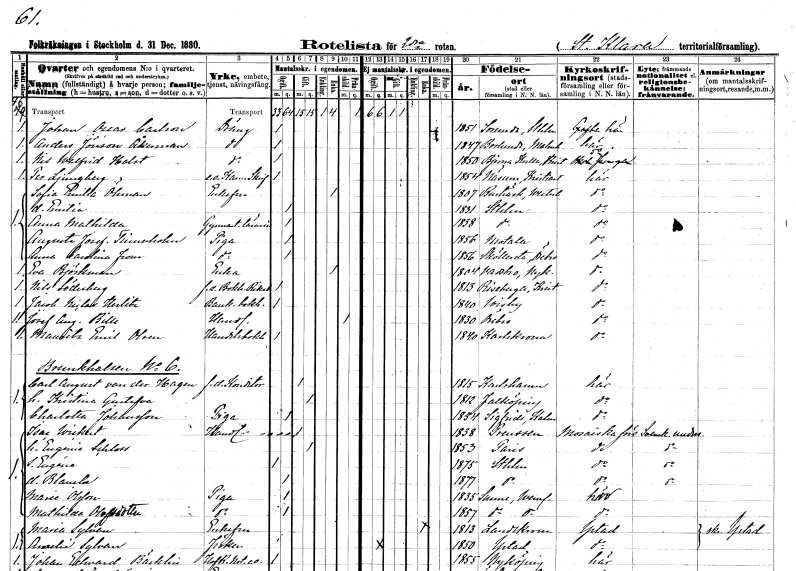
gt_parse: households: individuals: FN: Johan Oscar
EN: Carlsson
YRKE: Dräng
KON: M
CIV: O
FODAR: 1851
FODFORS: Sorunda Stockholms län
FN: Anders
EN: Jönson Åkerman
YRKE: Dräng
KON: M
CIV: O
FODAR: 1847
FODFORS: Borlunda Malmöhus län
FN: Nils Walfrid
EN: Holst
YRKE: Dräng
KON: M
CIV: O
FODAR: 1850
FODFORS: Björnekulla Kristianstads län
FN: Per
EN: Ljungberg
YRKE: Kammarskrivare e.o.
KON: M
CIV: O
FODAR: 1854
FODFORS: Näsum Kristianstads län
FN: Sofia Emilia
EN: Öhman
KON: K
CIV: E
FODAR: 1807
FODFORS: Burträsk Västerbottens län
FN: Emilia
KON: K
CIV: O
FODAR: 1831
FODFORS: Stockholm
FN: Anna Mathilda
YRKE: Gymnastiklärarinna
KON: K
CIV: O
FODAR: 1838
FODFORS: Stockholm
FN: Augusta Josefina
EN: Tinnerholm
YRKE: Piga
KON: K
CIV: O
FODAR: 1856
FODFORS: Motala Östergötlands län
FN: Anna Carolina
EN: From
YRKE: Piga
KON: K
CIV: O
FODAR: 1856
FODFORS: Sköllersta Örebro län
FN: Eva
EN: Björkman
YRKE: Änka
KON: K
CIV: E
FODAR: 1804
FODFORS: Vadsbro Södermanlands län
FN: Nils
EN: Söderberg
YRKE: Riksbankbokhållare f.d.
KON: M
CIV: O
FODAR: 1813
FODFORS: Riseberga Kristianstads län
FN: Jacob Niclas
EN: Herlitz
YRKE: Bankbokhållare
KON: M
CIV: O
FODAR: 1840
FODFORS: Visby Gotlands län
FN: Josef August
EN: Bille
YRKE: Handlande
KON: M
CIV: X
FODAR: 1830
FODFORS: Örebro Örebro län
FN: Mauritz Emil
EN: Olsen
YRKE: Handelsbokhållare
KON: M
CIV: O
FODAR: 1840
FODFORS: Karlskrona Blekinge län
FN: Carl August
EN: van der Hagen
YRKE: Konditor f. d.
KON: M
CIV: G
FODAR: 1815
FODFORS: Karlshamn Blekinge län
FN: Kristina Gustafva
KON: K
CIV: G
FODAR: 1812
FODFORS: Falköping Skaraborgs län
FN: Charlotta
EN: Johansson
YRKE: Piga
KON: K
CIV: O
FODAR: 1854
FODFORS: Sankt Sigfrid Kalmar län
FN: Isac
EN: Wickert
YRKE: Handlande
KON: M
CIV: G
FODAR: 1838
FN: Eugenie
EN: Schloss
KON: K
CIV: G
FODAR: 1853
FN: Eugéne
KON: M
CIV: O
FODAR: 1875
FODFORS: Stockholm
FN: Blanche
KON: K
CIV: O
FODAR: 1877
FODFORS: Stockholm
FN: Marie
EN: Olsson
YRKE: Piga
KON: K
CIV: O
FODAR: 1835
FODFORS: Sunne Värmlands län
FN: Mathilda
EN: Olofsdotter
YRKE: Piga
KON: K
CIV: O
FODAR: 1857
FODFORS: Sunne Värmlands län